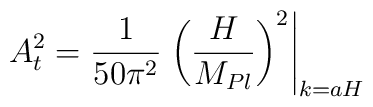
A_{\sc t}^2={1\over 50\pi^2}\left.\left({H\over M_{Pl}}\right)^2\right|_{k=aH}\,